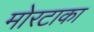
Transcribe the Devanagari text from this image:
मोरटाका